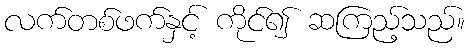
လက်တစ်ဖက်နှင့် ကိုင်၍ ဆကြည့်သည်။